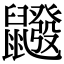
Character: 𪖆